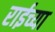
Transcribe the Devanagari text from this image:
राईच्या